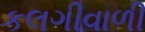
કલગીવાળી